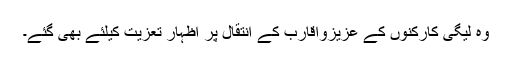
وہ لیگی کارکنوں کے عزیزواقارب کے انتقال پر اظہار تعزیت کیلئے بھی گئے۔